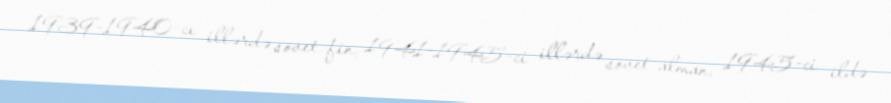
1939-1940-cı illərdə sovet-fin, 1941-1945-ci illərdə sovet-alman, 1945-ci ildə